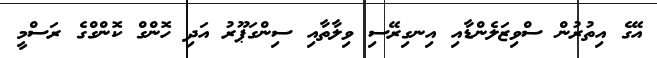
އޭގެ އިތުރުން ސްވިޒަލެންޑާއި އިނގިރޭސި ވިލާތާއި ސިންގަޕޫރު އަދި ހޮންގް ކޮންގްގެ ރަސްމީ